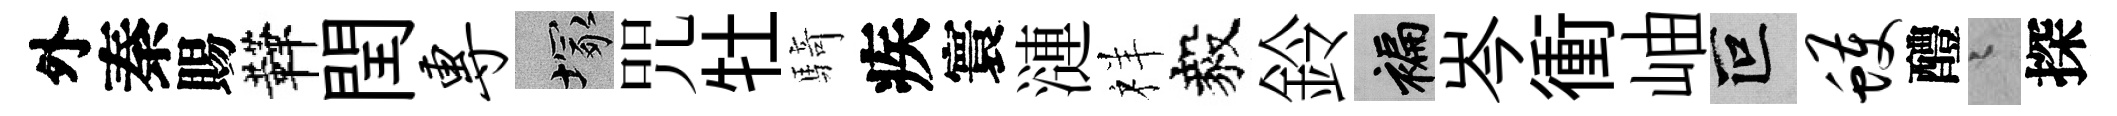
外秦賜鞾閏专塚咒牡騎疾寰漣祥毅鈴褊岑衝岫叵蠖醴迢探